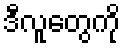
ဒီလူတွေကို